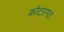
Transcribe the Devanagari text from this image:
कोटरगत